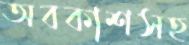
অবকাশসহ